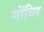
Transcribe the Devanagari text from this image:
मोंघिर